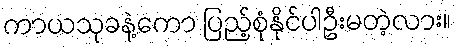
ကာယသုခနဲ့ကော ပြည့်စုံနိုင်ပါဦးမတဲ့လား။